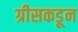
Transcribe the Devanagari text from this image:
ग्रीसकडून